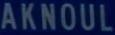
AKNOUL